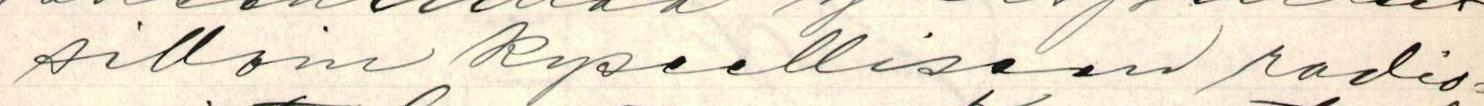
silloin kyseelliseen radio=